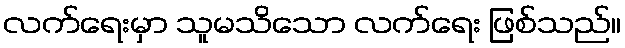
လက်ရေးမှာ သူမသိသော လက်ရေး ဖြစ်သည်။